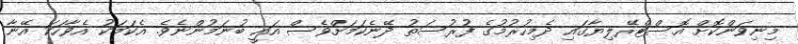
މިނިވަންކޮށް އޮސްޓްރޭލިޔާގައި ދެމިހުރުމުގެ ފުރުސަތު ދޭނެކަމަށްވެސް އައީ ބުނަމުންނެވެ. އެކަމަކު އެވާހަކަ އޭނާ